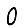
Digit: 0